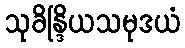
သုခိန္ဒြိယသမုဒယံ